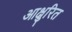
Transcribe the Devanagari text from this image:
आक्षुरित